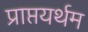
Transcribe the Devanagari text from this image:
प्राप्तयर्थम